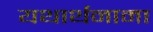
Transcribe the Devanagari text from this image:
यथार्थनामा